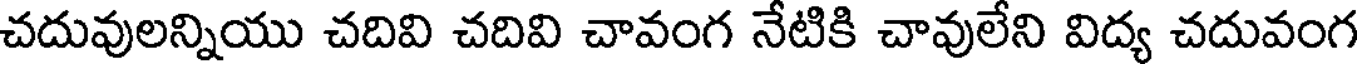
చదువులన్నియు చదివి చదివి చావంగ నేటికి చావులేని విద్య చదువంగ